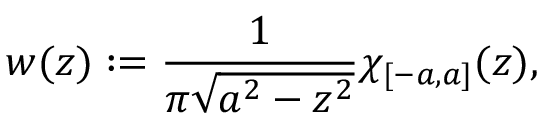
w ( z ) : = \frac { 1 } { \pi \sqrt { a ^ { 2 } - z ^ { 2 } } } \chi _ { [ - a , a ] } ( z ) ,